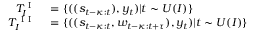
\begin{array} { r l } { T _ { I } ^ { \mathrm { ~ I ~ } } } & { { } = \{ ( ( s _ { t - \kappa : t } ) , y _ { t } ) | t \sim U ( I ) \} } \\ { T _ { I } ^ { \mathrm { ~ I ~ I ~ } } } & { { } = \{ ( ( s _ { t - \kappa : t } , w _ { t - \kappa : t + \tau } ) , y _ { t } ) | t \sim U ( I ) \} } \end{array}